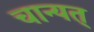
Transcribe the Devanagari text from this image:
चान्यत्